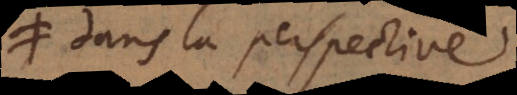
dans la perspective